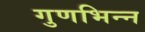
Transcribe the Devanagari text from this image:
गुणभिन्न